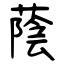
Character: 蔭